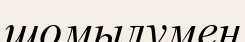
шомылумен